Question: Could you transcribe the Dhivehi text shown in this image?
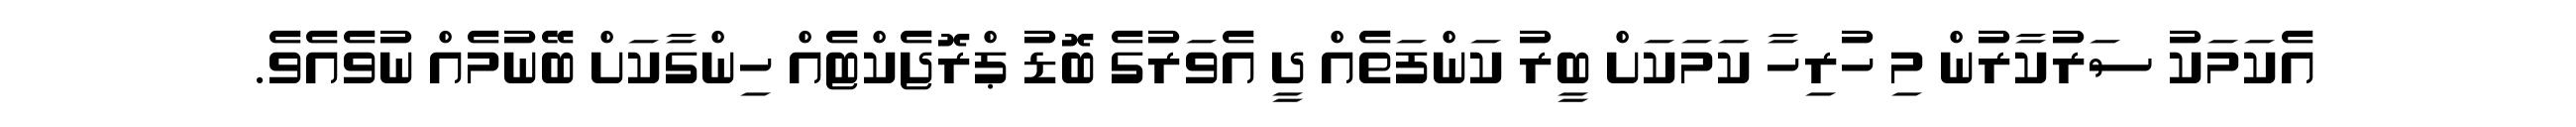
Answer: އެކަމަކު ސަރުކާރުން މި ހުރިހާ ކަމަކަށް ބީރު ކަންފަތެއް ދީ އެވަރުގެ ބޮޑު ޕްރޮޖެކްޓެއް ހިންގާކަށް ބޭނުމެއް ނުވެއެވެ.